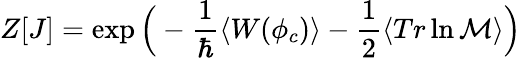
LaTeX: Z[J]=\exp\Big(-\frac{1}{\hbar}\langle W(\phi_{c})\rangle-\frac{1}{2}\langle Tr\ln{\cal M}\rangle\Big)